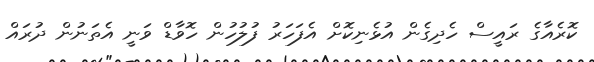
ކޮރެއާގެ ރައީސް ހެދިގެން އުޅެނިކޮށް އެފަހަރު ފުލުހުން ހޮވާޑް ވަނީ އެތަނުން ދުރައް